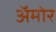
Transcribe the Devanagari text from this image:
अॅमोर